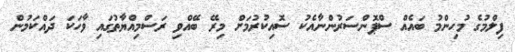
ފިލްމުގެ މުހިންމު ބައެއް ސްޕޮންސަރުންނާއެކު ސޮއިކުރުމަށް މިރޭ ބޭއްވި ރަސްމިއްޔާތުގައި ވާހަކަ ދައްކަމުން